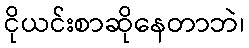
ငိုယင်းစာဆိုနေတာဘဲ၊